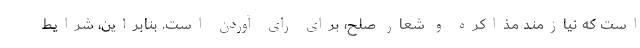
است که نیازمند مذاکره و شعار صلح، برای رای آوردن است. بنابراین، شرایط